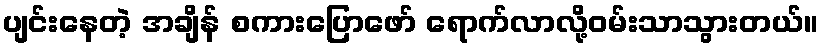
ပျင်းနေတဲ့ အချိန် စကားပြောဖော် ရောက်လာလို့ဝမ်းသာသွားတယ်။